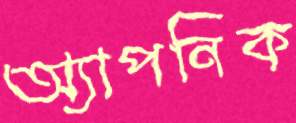
অ্যাপনিক